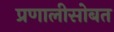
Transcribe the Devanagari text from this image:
प्रणालीसोबत